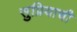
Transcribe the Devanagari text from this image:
सुप्रियाची